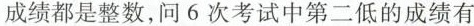
成绩都是整数，问6次考试中第二低的成绩有